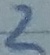
Text: 2